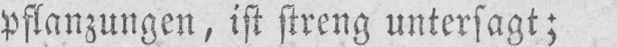
pflanzungen, ist streng untersagt;